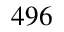
4 9 6